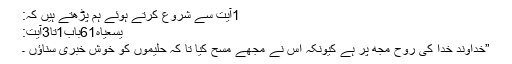
1آیت سے شروع کرتے ہوئے ہم پڑھتے ہیں کہ:
یسعیاہ61باب1تا3آیت:
”خداوند خدا کی روح مجھ پر ہے کیونکہ اس نے مجھے مسح کیا تا کہ حلیموں کو خوش خبری سناﺅں ۔